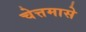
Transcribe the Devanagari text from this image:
चेत्तमासे